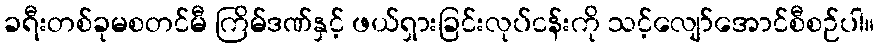
ခရီးတစ်ခုမစတင်မီ ကြိမ်ဒဏ်နှင့် ဖယ်ရှားခြင်းလုပ်ငန်းကို သင့်လျော်အောင်စီစဉ်ပါ။